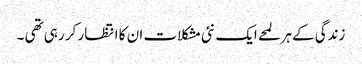
زندگی کے ہر لمحے ایک نئی مشکلات ان کا انتظار کر رہی تھی ۔